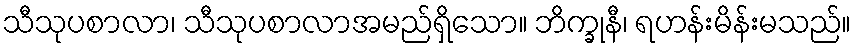
သီသုပစာလာ၊ သီသုပစာလာအမည်ရှိသော။ ဘိက္ခုနီ၊ ရဟန်းမိန်းမသည်။